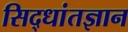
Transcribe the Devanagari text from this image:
सिद्धांतज्ञान